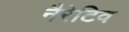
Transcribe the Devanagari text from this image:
नैरेटिव